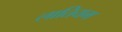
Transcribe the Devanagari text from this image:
लातियम